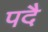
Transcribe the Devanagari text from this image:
पदै